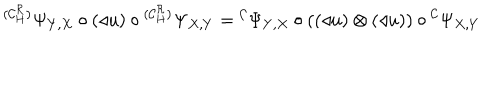
LaTeX: { } ^ { ( { \cal C } _ { H } ^ { \cal R } ) } \Psi _ { Y , X } \circ ( \triangleleft u ) \circ { } ^ { ( { \cal C } _ { H } ^ { \cal R } ) } \Psi _ { X , Y } = { } ^ { \cal C } \Psi _ { Y , X } \circ ( ( \triangleleft u ) \otimes ( \triangleleft u ) ) \circ { } ^ { \cal C } \Psi _ { X , Y }